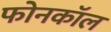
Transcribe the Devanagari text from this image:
फोनकाॅल